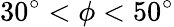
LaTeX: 30^{\circ}<\phi<50^{\circ}